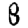
Digit: 8